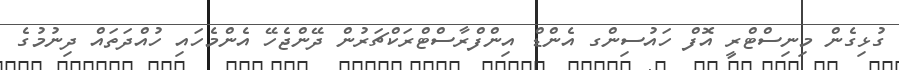
ގުޅިގެން މިނިސްޓްރީ އޮފް ހައުސިންގ އެންޑް އިންފްރާސްޓްރަކްޗަރުން ދޭންޖެހޭ އެންމެހައި ހުއްދަތައް ދިނުމުގެ